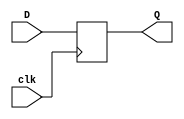
`timescale 1ns / 1ps
//////////////////////////////////////////////////////////////////////////////////
// Company: 
// Engineer: 
// 
// Design Name: 
// Module Name:    DFF_28 
// Project Name: 
// Target Devices: 
// Tool versions: 
// Description: 
//
// Dependencies: 
//
// Revision: 
// Revision 0.01 - File Created
// Additional Comments: 
//
//////////////////////////////////////////////////////////////////////////////////
module DFF_128(clk,D,Q
    );
input clk;
input [127:0]D;
output reg [127:0]Q;

always @(posedge clk)
begin
		if(clk==1)
			Q=D;
		else
			Q=0;
end
endmodule